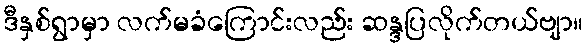
ဒီနှစ်ရွာမှာ လက်မခံကြောင်းလည်း ဆန္ဒပြလိုက်တယ်ဗျာ။